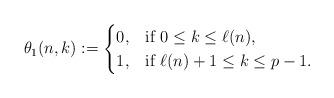
LaTeX: \begin{align*}\theta_{1}(n,k):=\begin{cases}0, & \mbox{if} \ 0\leq k\leq \ell(n),\\1, & \mbox{if} \ \ell(n)+1\leq k\leq p-1.\end{cases}\end{align*}